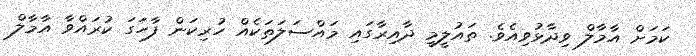
ކަމަށް އާމާލް ވިދާޅުވިއެވެ. ތައުލީމީ ދާއިރާގައި މައްސަލަތަކެއް ހުރިކަން ފާހަގަ ކުރައްވާ އާމާލް